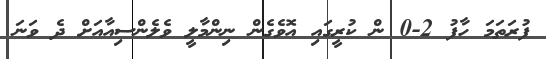
ފުރަތަމަ ހާފު 2-0 ން ކުރީގައި އޮވެގެން ނިންމާލީ ވެލެންސިއާއަށް ދެ ވަނަ